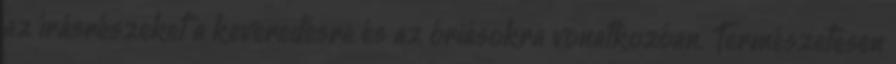
az írásrészeket a keveredésre és az óriásokra vonatkozóan. Természetesen